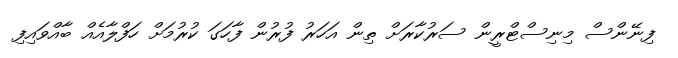
ފިނޭންސް މިނިސްޓްރީން ސަރުކާރަށް ތިން އަހަރު ފުރުން ފާހަގަ ކުރުމަށް ހަފްލާއެއް ބާއްވައިފި